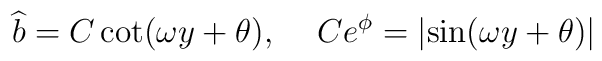
\widehat{b} =C \cot(\omega y+\theta),\hskip.5cmC e^\phi=\left|\sin(\omega y+\theta)\right|